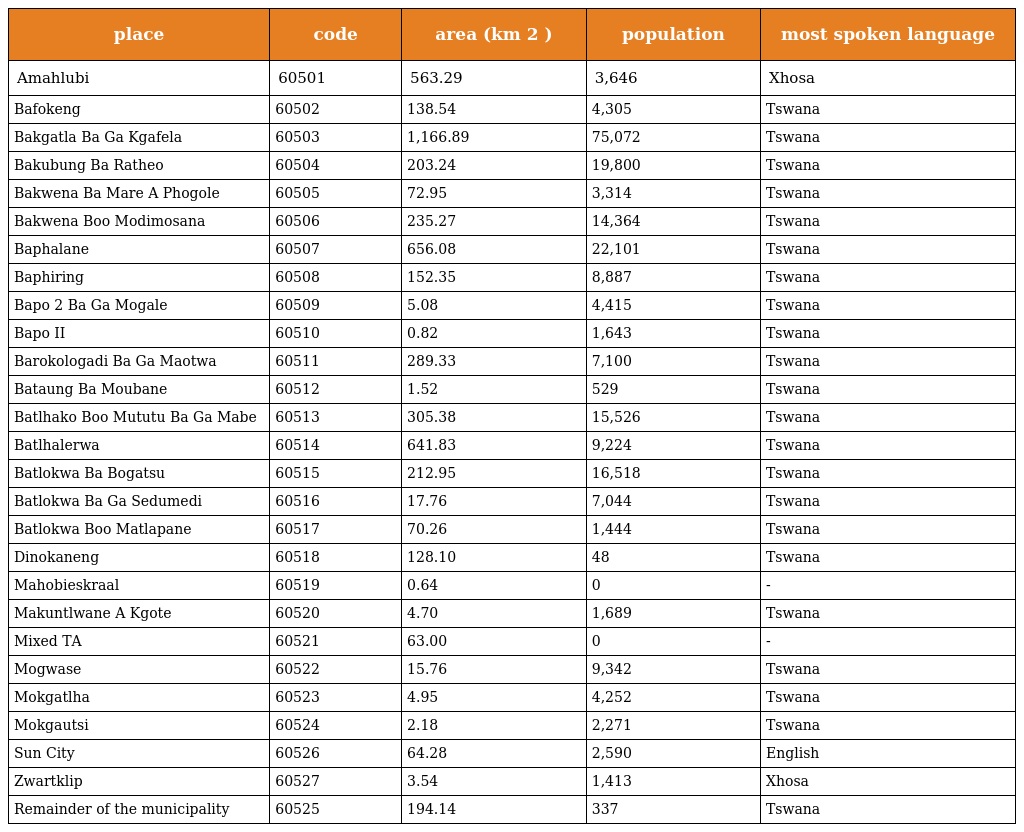
| place | code | area (km 2 ) | population | most spoken language |
 | --- | --- | --- | --- | --- |
 | Amahlubi | 60501 | 563.29 | 3,646 | Xhosa |
 | Bafokeng | 60502 | 138.54 | 4,305 | Tswana |
 | Bakgatla Ba Ga Kgafela | 60503 | 1,166.89 | 75,072 | Tswana |
 | Bakubung Ba Ratheo | 60504 | 203.24 | 19,800 | Tswana |
 | Bakwena Ba Mare A Phogole | 60505 | 72.95 | 3,314 | Tswana |
 | Bakwena Boo Modimosana | 60506 | 235.27 | 14,364 | Tswana |
 | Baphalane | 60507 | 656.08 | 22,101 | Tswana |
 | Baphiring | 60508 | 152.35 | 8,887 | Tswana |
 | Bapo 2 Ba Ga Mogale | 60509 | 5.08 | 4,415 | Tswana |
 | Bapo II | 60510 | 0.82 | 1,643 | Tswana |
 | Barokologadi Ba Ga Maotwa | 60511 | 289.33 | 7,100 | Tswana |
 | Bataung Ba Moubane | 60512 | 1.52 | 529 | Tswana |
 | Batlhako Boo Mututu Ba Ga Mabe | 60513 | 305.38 | 15,526 | Tswana |
 | Batlhalerwa | 60514 | 641.83 | 9,224 | Tswana |
 | Batlokwa Ba Bogatsu | 60515 | 212.95 | 16,518 | Tswana |
 | Batlokwa Ba Ga Sedumedi | 60516 | 17.76 | 7,044 | Tswana |
 | Batlokwa Boo Matlapane | 60517 | 70.26 | 1,444 | Tswana |
 | Dinokaneng | 60518 | 128.10 | 48 | Tswana |
 | Mahobieskraal | 60519 | 0.64 | 0 | - |
 | Makuntlwane A Kgote | 60520 | 4.70 | 1,689 | Tswana |
 | Mixed TA | 60521 | 63.00 | 0 | - |
 | Mogwase | 60522 | 15.76 | 9,342 | Tswana |
 | Mokgatlha | 60523 | 4.95 | 4,252 | Tswana |
 | Mokgautsi | 60524 | 2.18 | 2,271 | Tswana |
 | Sun City | 60526 | 64.28 | 2,590 | English |
 | Zwartklip | 60527 | 3.54 | 1,413 | Xhosa |
 | Remainder of the municipality | 60525 | 194.14 | 337 | Tswana |